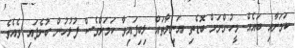
ކަމަށާއި ބައެއް މީހުންނަށް ބޮޑެތި އަނިޔާތައް ލިބިފައިވާ ކަމަށްވެސް ފުލުހުން ބުނެފައި ވެއެވެ.